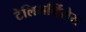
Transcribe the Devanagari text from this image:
टेलिसर्व्हिसेस